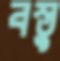
বস্তু